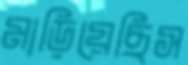
মাড়িয়েছিস